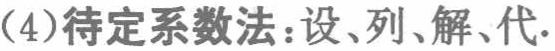
(4)待定系数法：设、列、解、代.